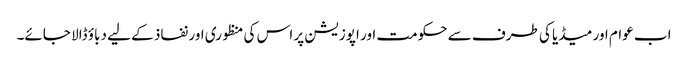
اب عوام اور میڈیا کی طرف سے حکومت اور اپوزیشن پر اس کی منظوری اور نفاذ کے لیے دباؤ ڈالا جائے۔